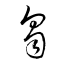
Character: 蒭